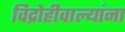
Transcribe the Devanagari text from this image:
विद्रोहीवाल्यांना